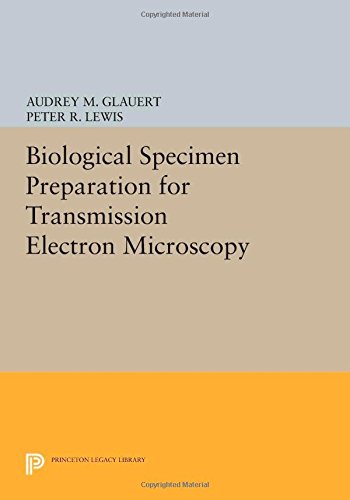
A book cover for Biological Specimen Preparation for Transmission Electron Microscopy (Princeton Legacy Library); Audrey M. Glauert; Science & Math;